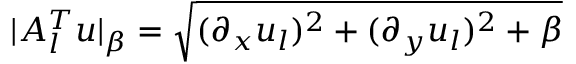
| A _ { l } ^ { T } u | _ { \beta } = \sqrt { ( \partial _ { x } u _ { l } ) ^ { 2 } + ( \partial _ { y } u _ { l } ) ^ { 2 } + \beta }